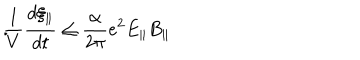
LaTeX: \frac { 1 } { V } \frac { d \xi _ { \parallel } } { d t } \leq \frac { \alpha } { 2 \pi } e ^ { 2 } E _ { \parallel } B _ { \parallel } \hspace { . 4 i n } .